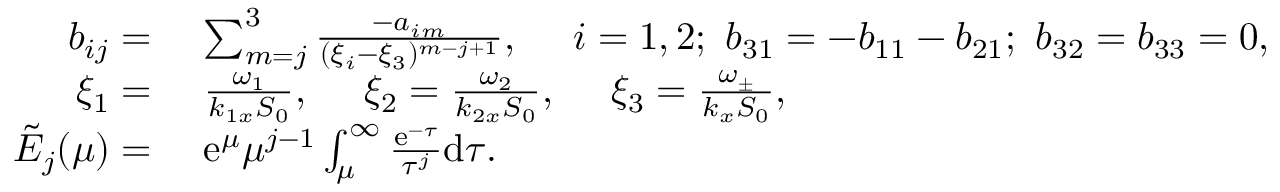
\begin{array} { r l } { b _ { i j } = ~ } & { \sum _ { m = j } ^ { 3 } \frac { - a _ { i m } } { ( \xi _ { i } - \xi _ { 3 } ) ^ { m - j + 1 } } , ~ ~ ~ ~ i = 1 , 2 ; ~ b _ { 3 1 } = - b _ { 1 1 } - b _ { 2 1 } ; ~ b _ { 3 2 } = b _ { 3 3 } = 0 , } \\ { \xi _ { 1 } = ~ } & { \frac { \omega _ { 1 } } { k _ { 1 x } S _ { 0 } } , ~ ~ ~ ~ \xi _ { 2 } = \frac { \omega _ { 2 } } { k _ { 2 x } S _ { 0 } } , ~ ~ ~ ~ \xi _ { 3 } = \frac { \omega _ { \pm } } { k _ { x } S _ { 0 } } , } \\ { \tilde { E } _ { j } ( \mu ) = ~ } & { \mathrm { e } ^ { \mu } \mu ^ { j - 1 } \int _ { \mu } ^ { \infty } \frac { \mathrm { e } ^ { - \tau } } { \tau ^ { j } } \mathrm { d } \tau . } \end{array}